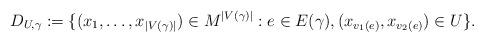
LaTeX: \begin{align*} D_{U, \gamma} := \{(x_1, \dots, x_{|V(\gamma)|}) \in M^{|V(\gamma)|} : e \in E(\gamma), (x_{v_1(e)}, x_{v_2(e)}) \in U \}.\end{align*}